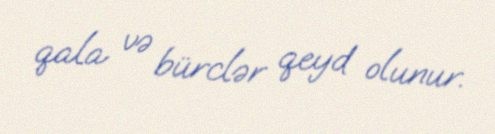
qala və bürclər qeyd olunur.